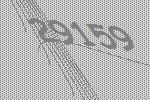
29159